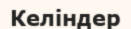
Келіндер